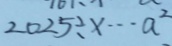
2 0 2 5 \div x \cdots a ^ { 2 }